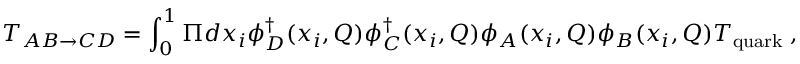
T _ { A B \rightarrow C D } = \int _ { 0 } ^ { 1 } \Pi d x _ { i } \phi _ { D } ^ { \dagger } ( x _ { i } , Q ) \phi _ { C } ^ { \dagger } ( x _ { i } , Q ) \phi _ { A } ( x _ { i } , Q ) \phi _ { B } ( x _ { i } , Q ) T _ { \mathrm { q u a r k } } \; ,